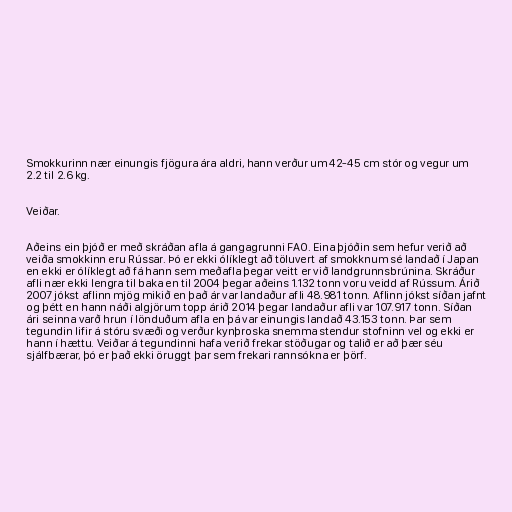
Smokkurinn nær einungis fjögura ára aldri, hann verður um 42-45 cm stór og vegur um
2.2 til 2.6 kg.

Veiðar.

Aðeins ein þjóð er með skráðan afla á gangagrunni FAO. Eina þjóðin sem hefur verið að
veiða smokkinn eru Rússar. Þó er ekki ólíklegt að töluvert af smokknum sé landað í Japan
en ekki er ólíklegt að fá hann sem meðafla þegar veitt er við landgrunnsbrúnina. Skráður
afli nær ekki lengra til baka en til 2004 þegar aðeins 1.132 tonn voru veidd af Rússum. Árið
2007 jókst aflinn mjög mikið en það ár var landaður afli 48.981 tonn. Aflinn jókst síðan jafnt
og þétt en hann náði algjörum topp árið 2014 þegar landaður afli var 107.917 tonn. Síðan
ári seinna varð hrun í lönduðum afla en þá var einungis landað 43.153 tonn. Þar sem
tegundin lifir á stóru svæði og verður kynþroska snemma stendur stofninn vel og ekki er
hann í hættu. Veiðar á tegundinni hafa verið frekar stöðugar og talið er að þær séu
sjálfbærar, þó er það ekki öruggt þar sem frekari rannsókna er þörf.